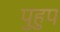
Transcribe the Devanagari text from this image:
पुहुप